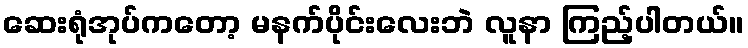
ဆေးရုံအုပ်ကတော့ မနက်ပိုင်းလေးဘဲ လူနာ ကြည့်ပါတယ်။